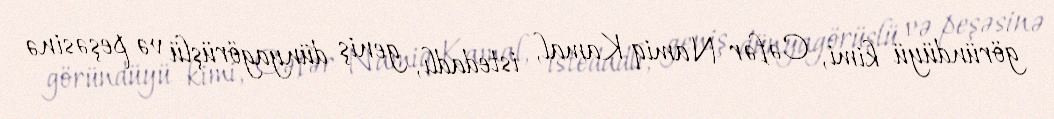
göründüyü kimi, Cəfər Namiq Kamal, istedadlı, geniş dünyagörüşlü və peşəsinə